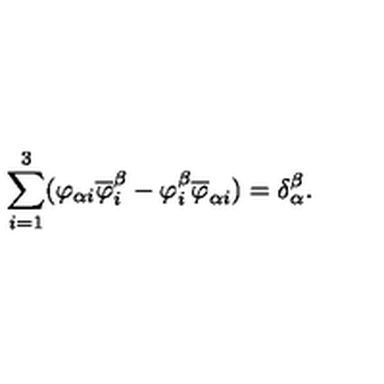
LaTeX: \sum _ { i = 1 } ^ { 3 } ( \varphi _ { \alpha i } \overline { { \varphi } } _ { i } ^ { \beta } - \varphi _ { i } ^ { \beta } \overline { { \varphi } } _ { \alpha i } ) = \delta { _ \alpha ^ { \beta } } .